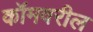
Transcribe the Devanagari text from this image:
कॉमवरील